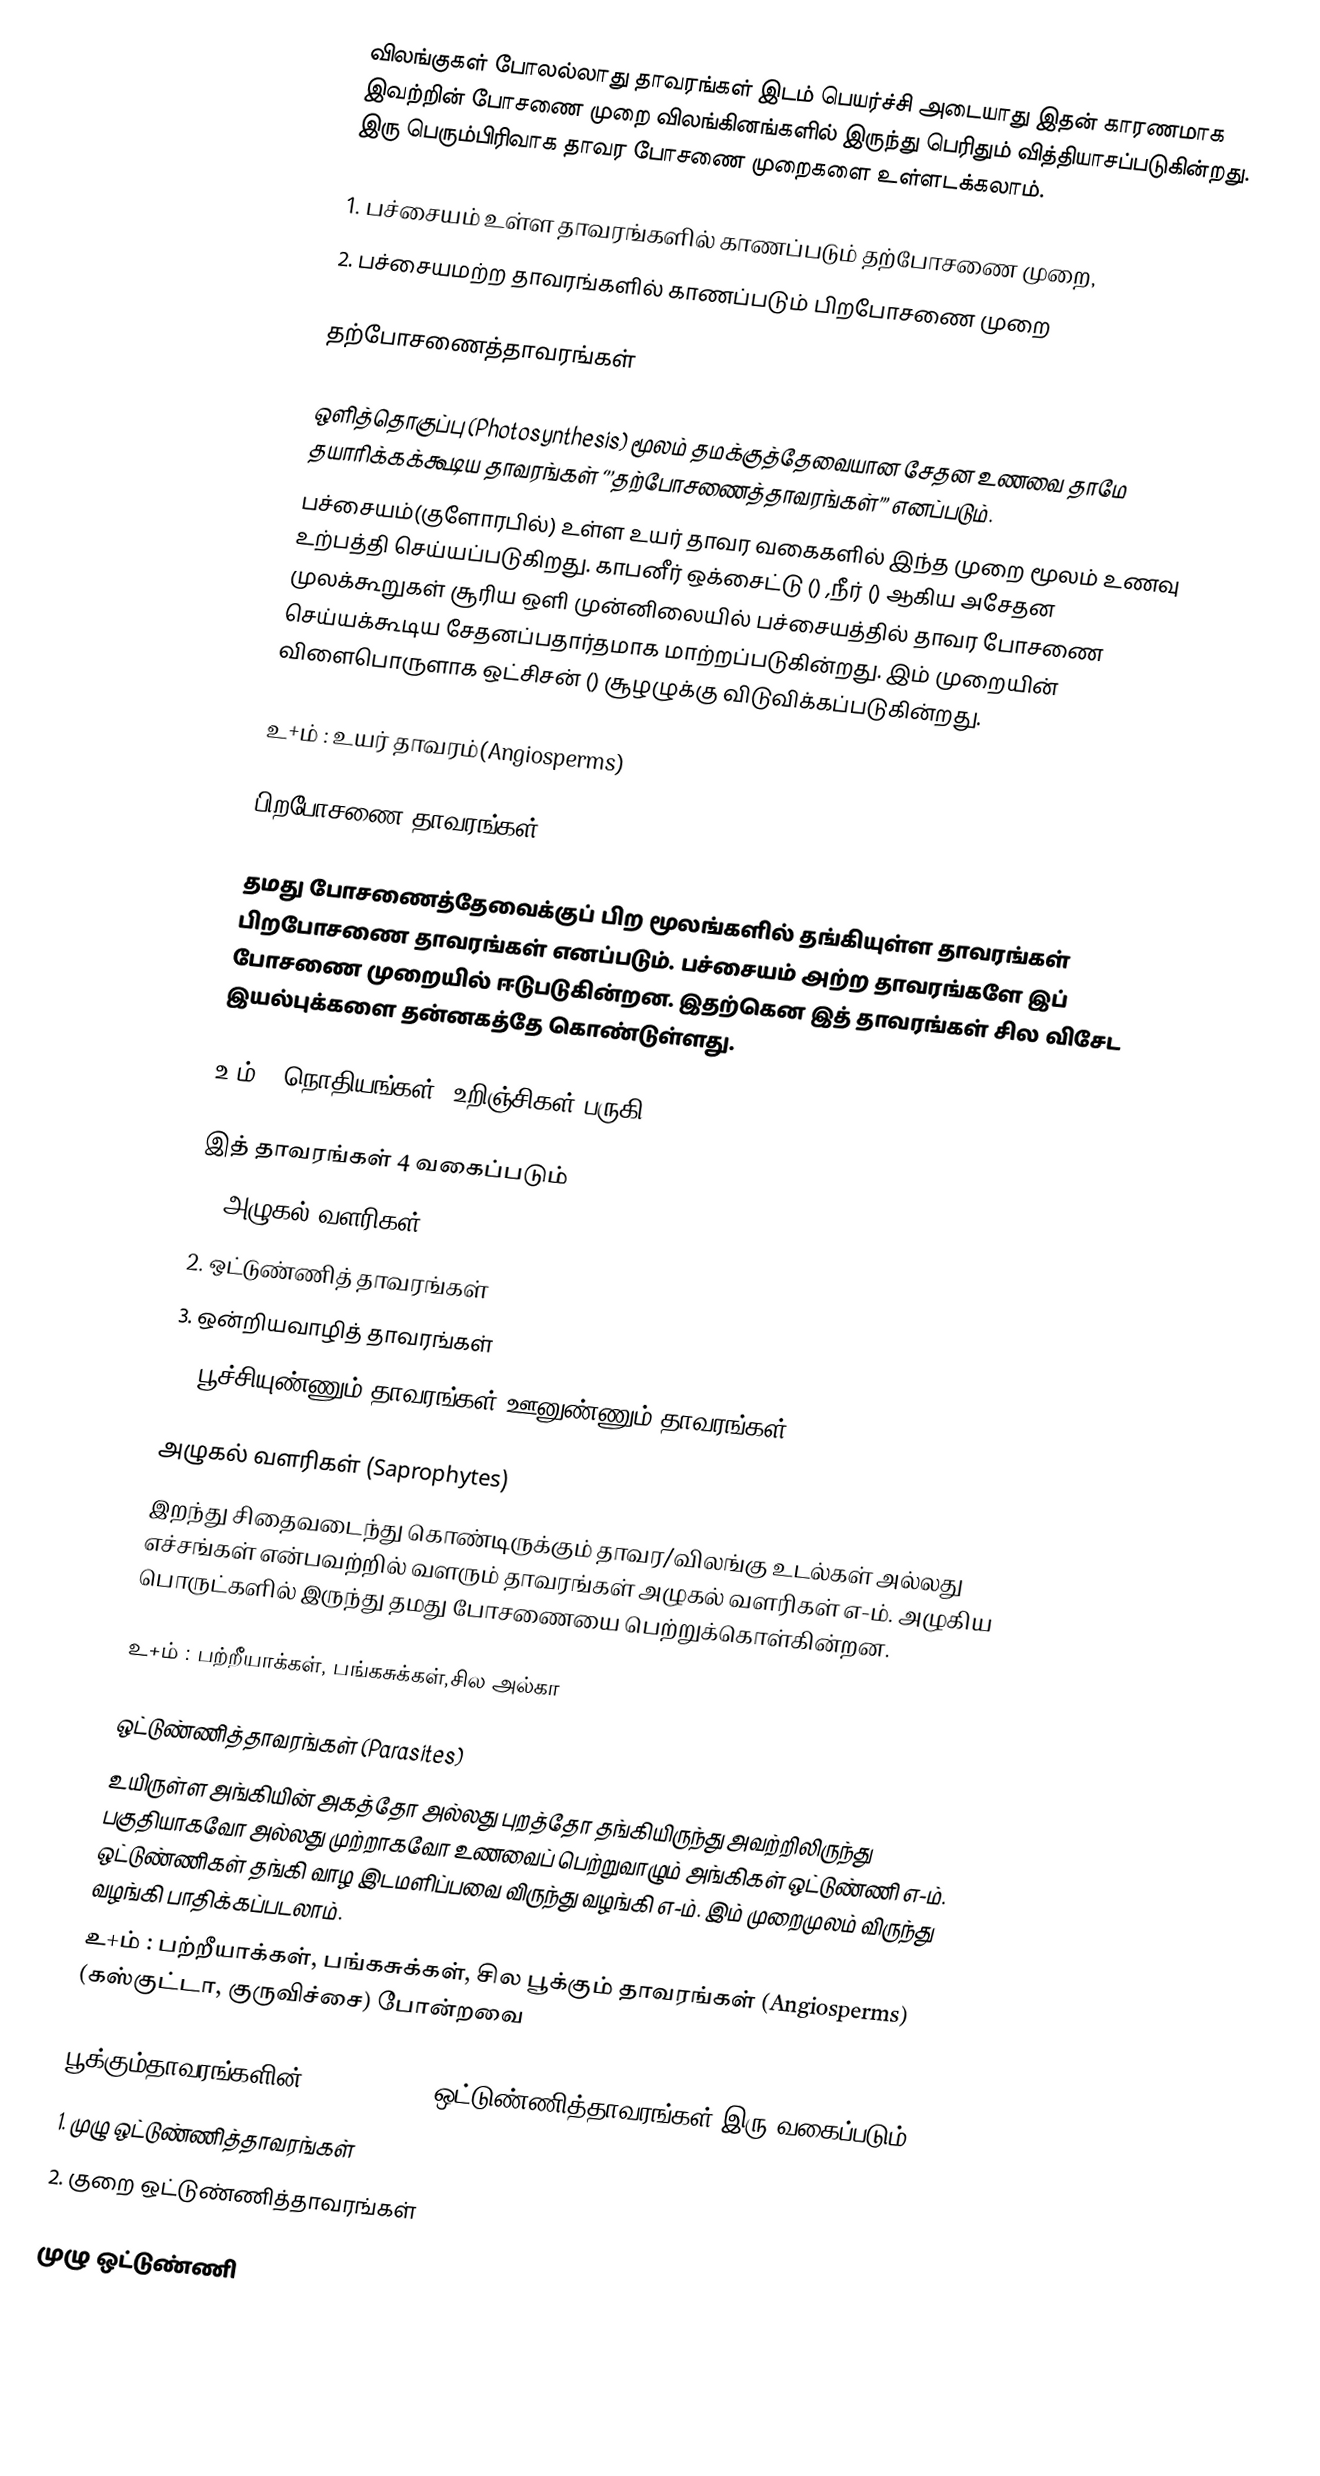
விலங்குகள் போலல்லாது தாவரங்கள் இடம் பெயர்ச்சி அடையாது இதன் காரணமாக இவற்றின் போசணை முறை விலங்கினங்களில் இருந்து பெரிதும் வித்தியாசப்படுகின்றது. இரு பெரும்பிரிவாக தாவர போசணை முறைகளை உள்ளடக்கலாம்.

1. பச்சையம்  உள்ள தாவரங்களில் காணப்படும் தற்போசணை முறை,
2. பச்சையமற்ற தாவரங்களில் காணப்படும் பிறபோசணை முறை

தற்போசணைத்தாவரங்கள்

ஒளித்தொகுப்பு (Photosynthesis) மூலம் தமக்குத்தேவையான சேதன உணவை தாமே தயாரிக்கக்கூடிய தாவரங்கள் ‘’’தற்போசணைத்தாவரங்கள்’’’ எனப்படும்.
பச்சையம்(குளோரபில்) உள்ள உயர் தாவர வகைகளில் இந்த முறை மூலம் உணவு உற்பத்தி செய்யப்படுகிறது. காபனீர் ஒக்சைட்டு () ,நீர் () ஆகிய அசேதன முலக்கூறுகள் சூரிய ஒளி முன்னிலையில் பச்சையத்தில் தாவர போசணை செய்யக்கூடிய சேதனப்பதார்தமாக மாற்றப்படுகின்றது. இம் முறையின் விளைபொருளாக ஒட்சிசன் () சூழழுக்கு விடுவிக்கப்படுகின்றது.

உ+ம் : உயர் தாவரம்(Angiosperms)

பிறபோசணை தாவரங்கள்

தமது போசணைத்தேவைக்குப் பிற மூலங்களில் தங்கியுள்ள தாவரங்கள் பிறபோசணை தாவரங்கள் எனப்படும். பச்சையம் அற்ற தாவரங்களே இப் போசணை முறையில் ஈடுபடுகின்றன. இதற்கென இத் தாவரங்கள் சில விசேட இயல்புக்களை தன்னகத்தே கொண்டுள்ளது.

உ+ம் : நொதியங்கள், உறிஞ்சிகள்,பருகி

இத் தாவரங்கள் 4 வகைப்படும்
1. அழுகல் வளரிகள்
2. ஒட்டுண்ணித் தாவரங்கள்
3. ஒன்றியவாழித் தாவரங்கள்
4. பூச்சியுண்ணும் தாவரங்கள்/ஊனுண்ணும் தாவரங்கள்

அழுகல் வளரிகள் (Saprophytes)
இறந்து சிதைவடைந்து கொண்டிருக்கும் தாவர/விலங்கு உடல்கள் அல்லது எச்சங்கள் என்பவற்றில் வளரும் தாவரங்கள் அழுகல் வளரிகள் எ-ம். அழுகிய பொருட்களில் இருந்து தமது போசணையை பெற்றுக்கொள்கின்றன.

உ+ம் : பற்றீயாக்கள், பங்கசுக்கள்,சில அல்கா

ஒட்டுண்ணித்தாவரங்கள் (Parasites)
உயிருள்ள அங்கியின் அகத்தோ அல்லது புறத்தோ தங்கியிருந்து அவற்றிலிருந்து பகுதியாகவோ அல்லது முற்றாகவோ உணவைப் பெற்றுவாழும் அங்கிகள் ஒட்டுண்ணி எ-ம். ஒட்டுண்ணிகள் தங்கி வாழ இடமளிப்பவை விருந்து வழங்கி எ-ம். இம் முறைமுலம் விருந்து வழங்கி பாதிக்கப்படலாம்.
உ+ம் : பற்றீயாக்கள், பங்கசுக்கள், சில பூக்கும் தாவரங்கள் (Angiosperms) (கஸ்குட்டா, குருவிச்சை) போன்றவை

பூக்கும்தாவரங்களின்(Angiosperms) ஒட்டுண்ணித்தாவரங்கள் இரு வகைப்படும்
1. முழு ஒட்டுண்ணித்தாவரங்கள்
2. குறை ஒட்டுண்ணித்தாவரங்கள்

முழு ஒட்டுண்ணி